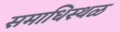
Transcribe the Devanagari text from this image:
समाधिस्‍थळ